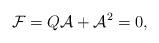
LaTeX: \begin{align*}{\cal F}=Q{\cal A}+{\cal A}^2=0, \end{align*}